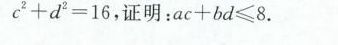
$$c ^ { 2 } + d ^ { 2 } = 1 6$$，证明：$$a c + b d ≤ 8$$.